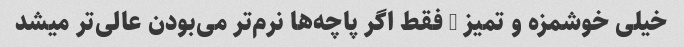
خیلی خوشمزه و تمیز … فقط اگر پاچه‌ها نرم‌تر می‌بودن عالی‌تر میشد